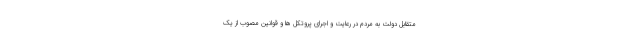
متقابل دولت به مردم در رعایت و اجرای پروتکل ها و قوانین مصوب از یک